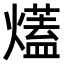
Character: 𤐩